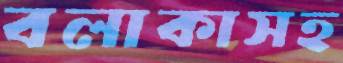
বলাকাসহ